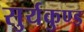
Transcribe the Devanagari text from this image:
सुर्यकुण्ड